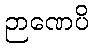
ဉာဏေပိ